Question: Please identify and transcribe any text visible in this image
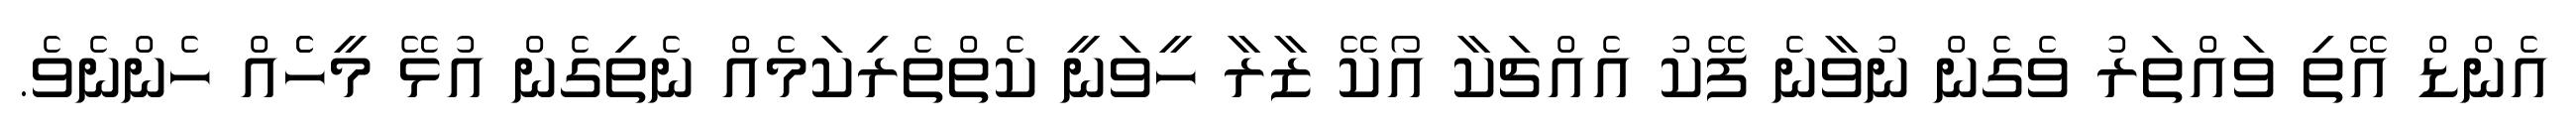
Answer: އެންޑް އޭތި ވައްތަރު ވެގެން ނުވާނެ ފޭކު އެއްޗަކާ އޯކޭ ޒާރާ ހީވަނީ ކެތްތެރިކަމެއް ނެތިގެން އުޅޭ މީހެެއް ހެންނެވެ.